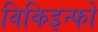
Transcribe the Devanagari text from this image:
विकिइन्फो